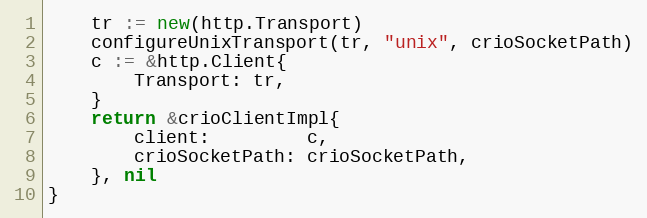
Language: Go
	tr := new(http.Transport)
	configureUnixTransport(tr, "unix", crioSocketPath)
	c := &http.Client{
		Transport: tr,
	}
	return &crioClientImpl{
		client:         c,
		crioSocketPath: crioSocketPath,
	}, nil
}